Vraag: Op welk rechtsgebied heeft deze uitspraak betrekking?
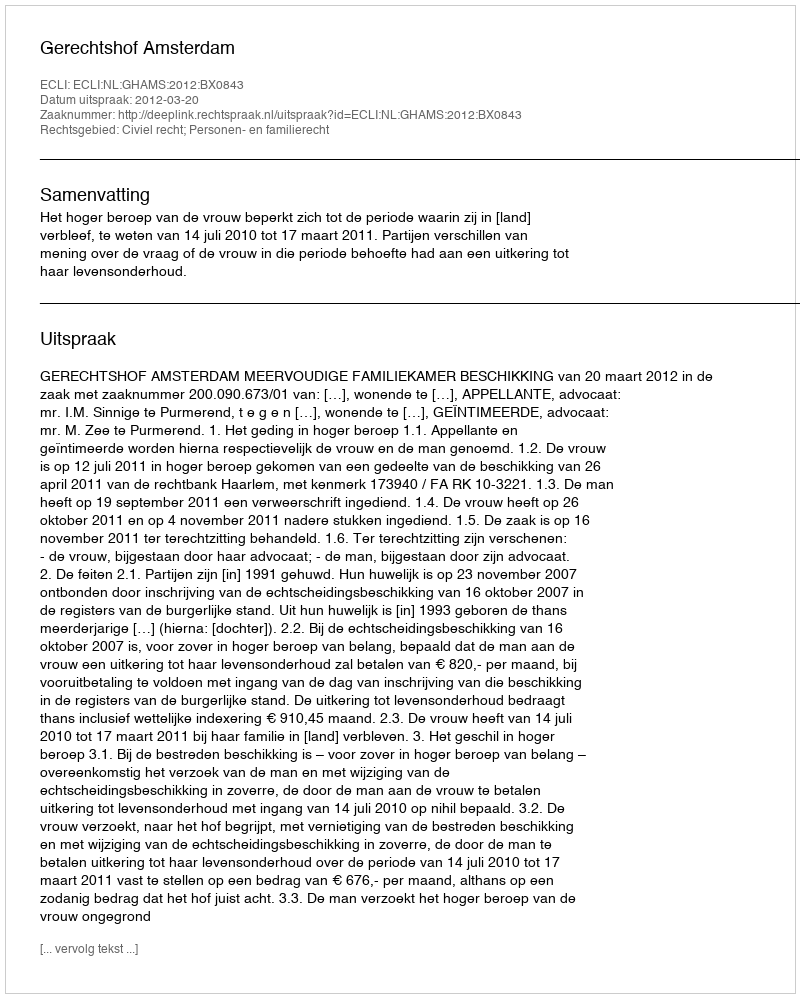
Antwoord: Civiel recht; Personen- en familierecht